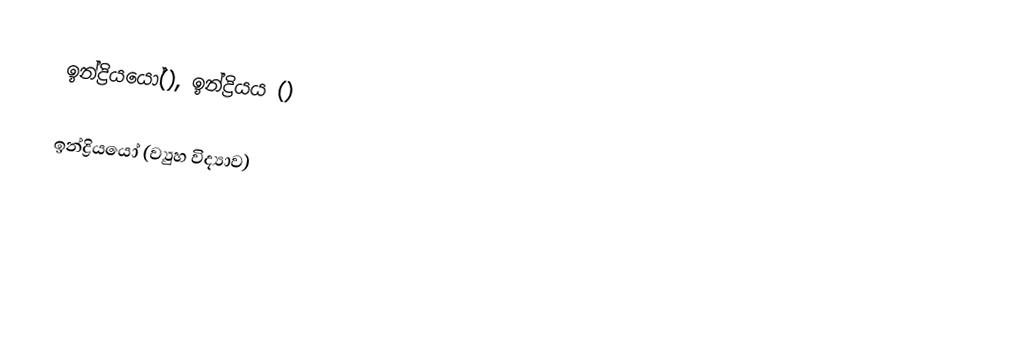
ඉන්ද්‍රියයෝ(), ඉන්ද්‍රියය ()

ඉන්ද්‍රියයෝ (ව්‍යුහ විද්‍යාව)